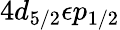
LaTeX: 4d_{5/2}\epsilon p_{1/2}